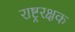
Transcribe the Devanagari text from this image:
राष्ट्ररक्षक